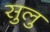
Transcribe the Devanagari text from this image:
सुलु